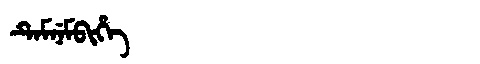
Manchu: ᡨᡝᠮᠨᡝᠮᠪᡳᡥᡝ
Romanization: TEMNEMBIHE